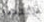
ننتصر